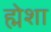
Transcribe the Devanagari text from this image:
ह्मेशा